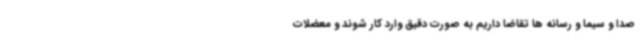
صدا و سیما و رسانه ها تقاضا داریم به صورت دقیق وارد کار شوند و معضلات